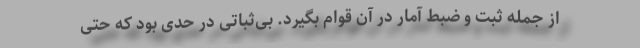
از جمله ثبت و ضبط آمار در آن قوام بگیرد. بی‌ثباتی در حدی بود که حتی